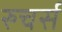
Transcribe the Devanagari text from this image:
रुचर्स